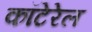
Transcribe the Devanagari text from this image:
कॉटेरेल